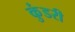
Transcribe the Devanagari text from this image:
कुंडरी